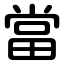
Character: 當